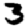
Digit: 3